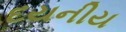
દયનીય